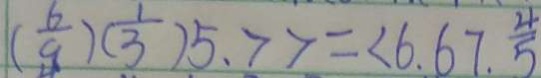
( \frac { 6 } { 9 } ) ( \frac { 1 } { 3 } ) 5 . 7 7 = < 6 . 6 7 . \frac { 4 } { 5 }